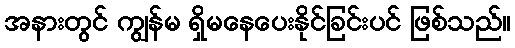
အနားတွင် ကျွန်မ ရှိမနေပေးနိုင်ခြင်းပင် ဖြစ်သည်။